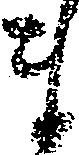
ま